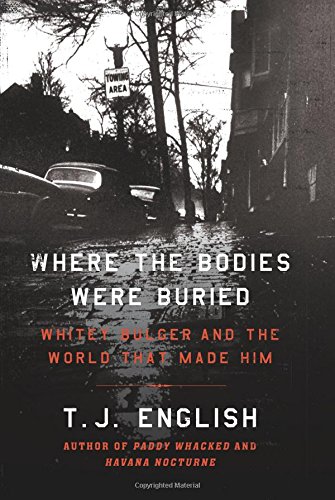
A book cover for Where the Bodies Were Buried: Whitey Bulger and the World That Made Him; T. J. English; Biographies & Memoirs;